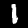
Digit: 1